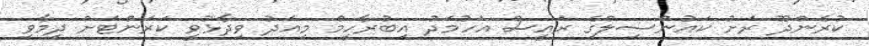
ކުރެންދޫ ރަށު ކައުންސިލްގެ ރައީސް އަހުމަދު އިބުރާހީމް މިއަދު ވިދާޅުވީ ކަރަންޓަށް ދިމާވި